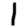
Digit: 1